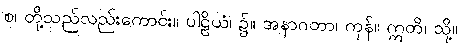
စ၊ တို့သည်လည်းကောင်း။ ပါဠိယံ၊ ၌။ အနာဂတာ၊ ကုန်။ ဣတိ၊ သို့။